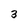
Character: 3